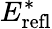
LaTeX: E_{\mathrm{refl}}^{*}